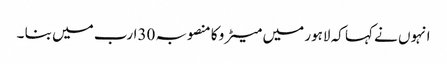
انہوں نے کہا کہ لاہور میں میٹر و کا منصوبہ 30ارب میں بنا ۔